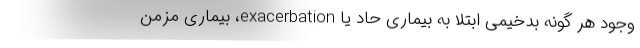
وجود هر گونه بدخیمی ابتلا به بیماری حاد یا exacerbation، بیماری مزمن